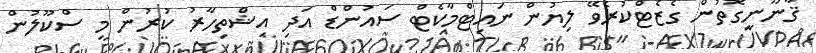
ޤާނޫނީގޮތުން ގެޒެޓްކުރެވޭ ލިޔުން ނައިޓްމާކެޓް ސައުންޑް އަދި އިޝްތިހާރު ކުރުން މި ސްކޫލުން